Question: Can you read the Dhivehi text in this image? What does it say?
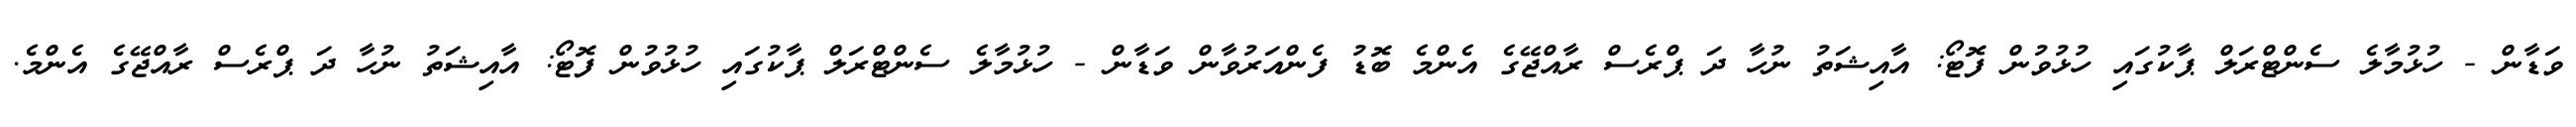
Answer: ވަޑާން - ހުޅުމާލެ ސެންޓްރަލް ޕާކުގައި ހުޅުވުން ފޮޓޯ: އާއިޝަތު ނުހާ ދަ ޕްރެސް ރާއްޖޭގެ އެންމެ ބޮޑު ފެންއަރުވާން ވަޑާން - ހުޅުމާލެ ސެންޓްރަލް ޕާކުގައި ހުޅުވުން ފޮޓޯ: އާއިޝަތު ނުހާ ދަ ޕްރެސް ރާއްޖޭގެ އެންމެ.